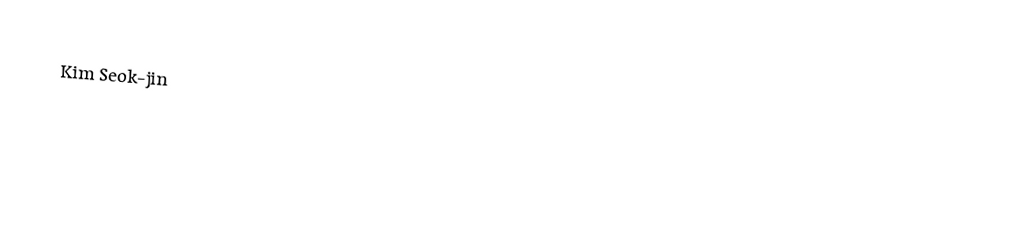
Kim Seok-jin